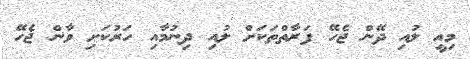
މިއީ ލުއި ދޭން ޖެހޭ ފަރާތްތަކަށް ލުއި ދިނުމާއި ހަރުކަށި ވާން ޖެހޭ